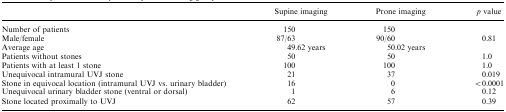
|  | Supine imaging | Prone imaging | p value |
 | --- | --- | --- | --- |
 | Number of patients | 150 | 150 |  |
 | Male/female | 87/63 | 90/60 | 0.81 |
 | Average age | 49.62 years | 50.02 years |  |
 | Patients without stones | 50 | 50 | 1.0 |
 | Patients with at least 1 stone | 100 | 100 | 1.0 |
 | Unequivocal intramural UVJ stone | 21 | 37 | 0.019 |
 | Stone in equivocal location (intramural UVJ vs. urinary bladder) | 16 | 0 | <0.0001 |
 | Unequivocal urinary bladder stone (ventral or dorsal) | 1 | 6 | 0.12 |
 | Stone located proximally to UVJ | 62 | 57 | 0.39 |